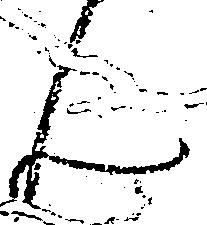
ん